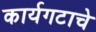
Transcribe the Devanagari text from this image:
कार्यगटाचे